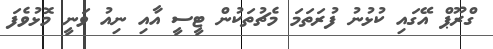
ގްރޫޕް އޭގައި ކުޅުނު ފުރަތަމަ މެޗުތަކުން ޓީސީ އާއި ނިއު ވަނީ މޮޅުވެފަ